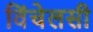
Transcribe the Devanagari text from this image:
विंचेलसी